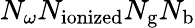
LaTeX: N_{\omega}N_{\mathrm{ionized}}N_{\mathrm{g}}N_{\mathrm{b}}